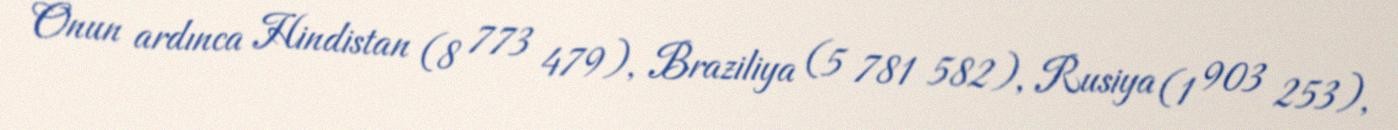
Onun ardınca Hindistan (8 773 479), Braziliya (5 781 582), Rusiya (1 903 253),